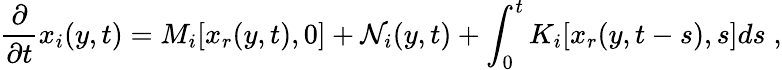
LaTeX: \frac{\partial}{\partial t}x_{i}(y,t)=M_{i}[x_{r}(y,t),0]+{\cal N}_{i}(y,t)+\int_{0}^{t}K_{i}[x_{r}(y,t-s),s]ds\; ,